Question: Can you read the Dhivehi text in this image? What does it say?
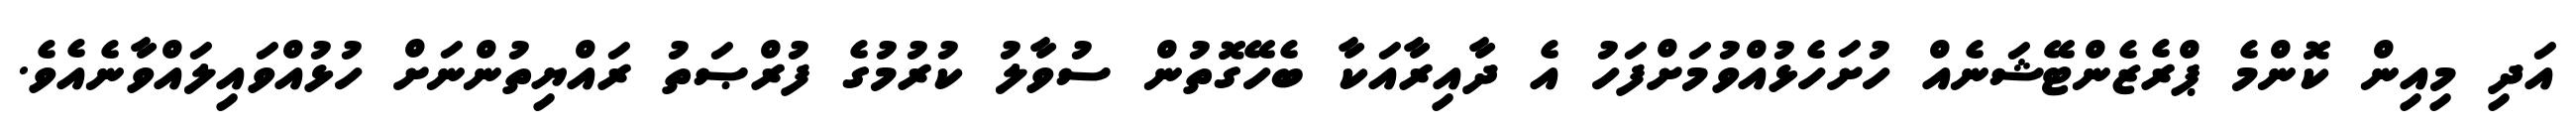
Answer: އަދި މިއިން ކޮންމެ ޕްރެޒެންޓޭޝަނެއް ހުށަހެޅުއްވުމަށްފަހު އެ ދާއިރާއަކާ ބެހޭގޮތުން ސުވާލު ކުރުމުގެ ފުރްޞަތު ރައްޔިތުންނަށް ހުޅުއްވައިލައްވާނެއެވެ.